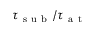
\tau _ { \mathrm { ~ s ~ u ~ b ~ } } / \tau _ { \mathrm { ~ a ~ t ~ } }